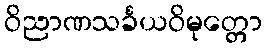
ဝိညာဏသင်္ခယဝိမုတ္တော